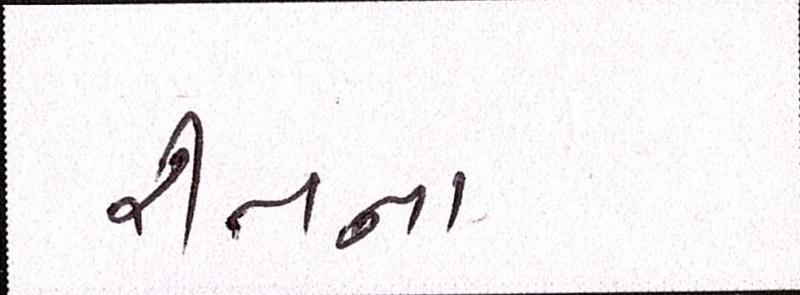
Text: રીતના